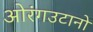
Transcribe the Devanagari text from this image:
ओरंगउटानों